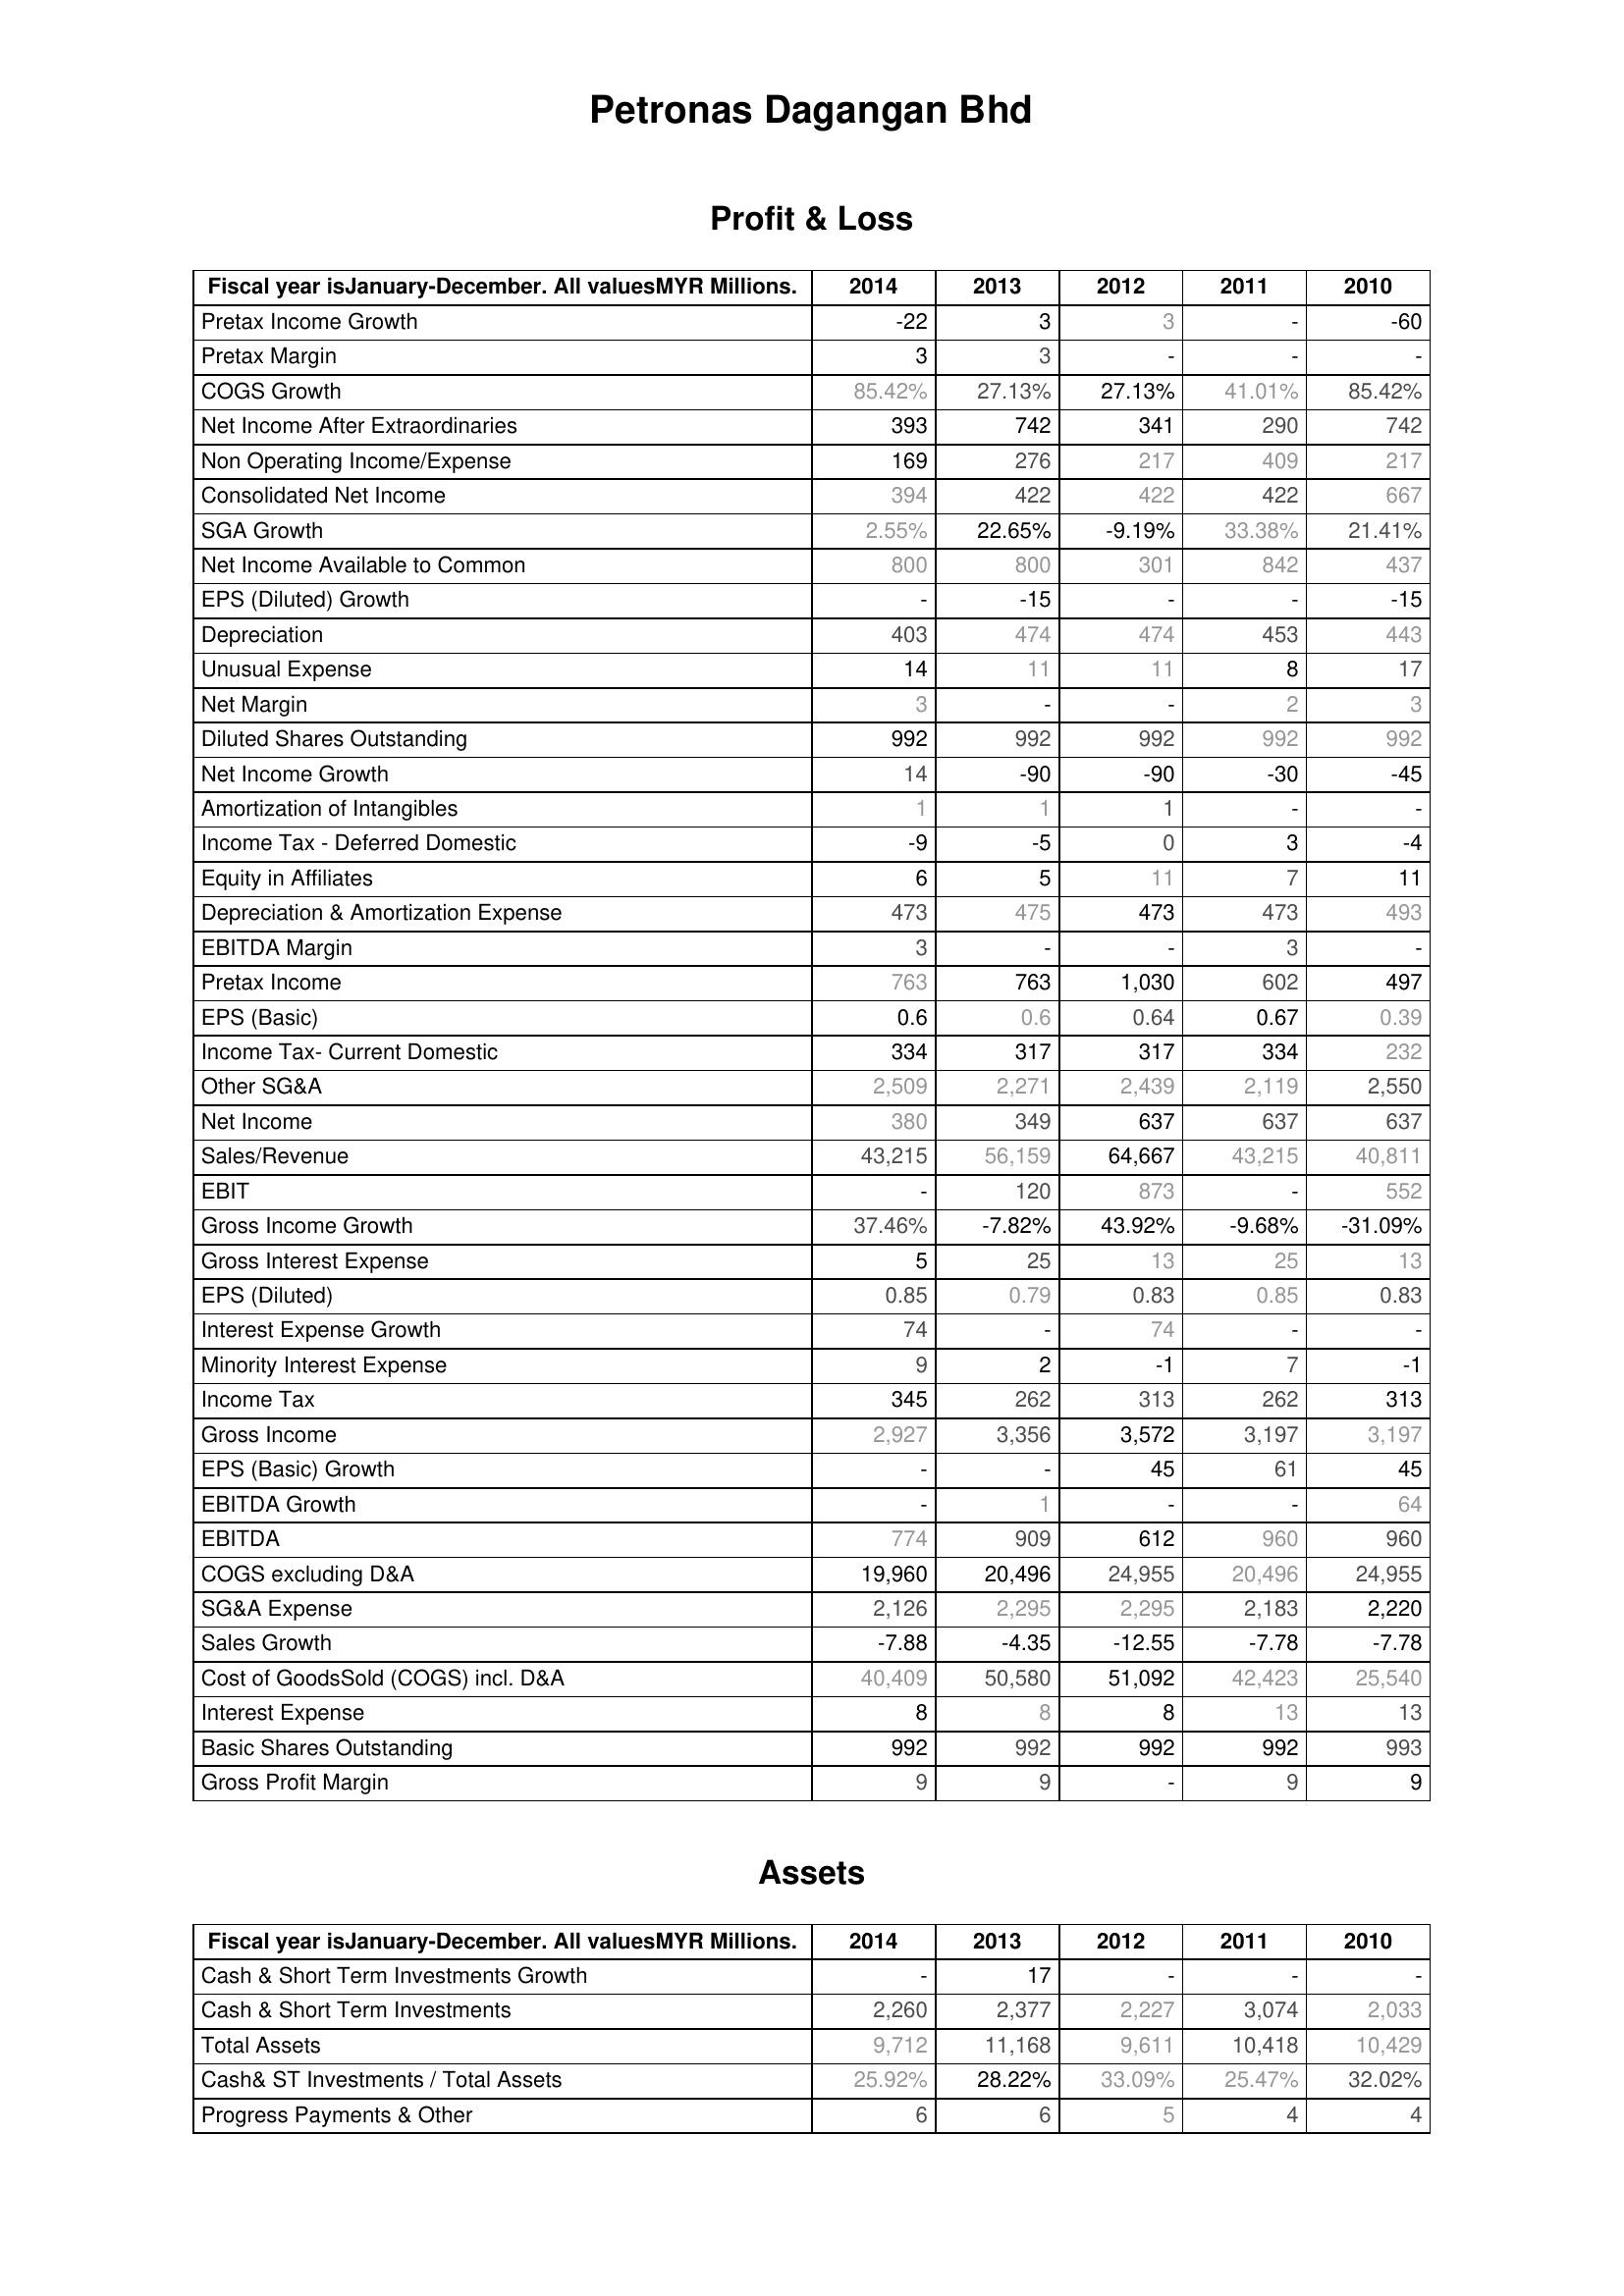
2014: Profit & Loss: Pretax Income Growth: -22
Pretax Margin: 3
COGS Growth: 85.42%
Net Income After Extraordinaries: 393
Non Operating Income/Expense: 169
Consolidated Net Income: 394
SGA Growth: 2.55%
Net Income Available to Common: 800
EPS (Diluted) Growth: -
Depreciation: 403
Unusual Expense: 14
Net Margin: 3
Diluted Shares Outstanding: 992
Net Income Growth: 14
Amortization of Intangibles: 1
Income Tax - Deferred Domestic: -9
Equity in Affiliates: 6
Depreciation & Amortization Expense: 473
EBITDA Margin: 3
Pretax Income: 763
EPS (Basic): 0.6
Income Tax- Current Domestic: 334
Other SG&A: 2,509
Net Income: 380
Sales/Revenue: 43,215
EBIT: -
Gross Income Growth: 37.46%
Gross Interest Expense: 5
EPS (Diluted): 0.85
Interest Expense Growth: 74
Minority Interest Expense: 9
Income Tax: 345
Gross Income: 2,927
EPS (Basic) Growth: -
EBITDA Growth: -
EBITDA: 774
COGS excluding D&A: 19,960
SG&A Expense: 2,126
Sales Growth: -7.88
Cost of GoodsSold (COGS) incl. D&A: 40,409
Interest Expense: 8
Basic Shares Outstanding: 992
Gross Profit Margin: 9
Assets: Cash & Short Term Investments Growth: -
Cash & Short Term Investments: 2,260
Total Assets: 9,712
Cash& ST Investments / Total Assets: 25.92%
Progress Payments & Other: 6
2013: Profit & Loss: Pretax Income Growth: 3
Pretax Margin: 3
COGS Growth: 27.13%
Net Income After Extraordinaries: 742
Non Operating Income/Expense: 276
Consolidated Net Income: 422
SGA Growth: 22.65%
Net Income Available to Common: 800
EPS (Diluted) Growth: -15
Depreciation: 474
Unusual Expense: 11
Net Margin: -
Diluted Shares Outstanding: 992
Net Income Growth: -90
Amortization of Intangibles: 1
Income Tax - Deferred Domestic: -5
Equity in Affiliates: 5
Depreciation & Amortization Expense: 475
EBITDA Margin: -
Pretax Income: 763
EPS (Basic): 0.6
Income Tax- Current Domestic: 317
Other SG&A: 2,271
Net Income: 349
Sales/Revenue: 56,159
EBIT: 120
Gross Income Growth: -7.82%
Gross Interest Expense: 25
EPS (Diluted): 0.79
Interest Expense Growth: -
Minority Interest Expense: 2
Income Tax: 262
Gross Income: 3,356
EPS (Basic) Growth: -
EBITDA Growth: 1
EBITDA: 909
COGS excluding D&A: 20,496
SG&A Expense: 2,295
Sales Growth: -4.35
Cost of GoodsSold (COGS) incl. D&A: 50,580
Interest Expense: 8
Basic Shares Outstanding: 992
Gross Profit Margin: 9
Assets: Cash & Short Term Investments Growth: 17
Cash & Short Term Investments: 2,377
Total Assets: 11,168
Cash& ST Investments / Total Assets: 28.22%
Progress Payments & Other: 6
2012: Profit & Loss: Pretax Income Growth: 3
Pretax Margin: -
COGS Growth: 27.13%
Net Income After Extraordinaries: 341
Non Operating Income/Expense: 217
Consolidated Net Income: 422
SGA Growth: -9.19%
Net Income Available to Common: 301
EPS (Diluted) Growth: -
Depreciation: 474
Unusual Expense: 11
Net Margin: -
Diluted Shares Outstanding: 992
Net Income Growth: -90
Amortization of Intangibles: 1
Income Tax - Deferred Domestic: 0
Equity in Affiliates: 11
Depreciation & Amortization Expense: 473
EBITDA Margin: -
Pretax Income: 1,030
EPS (Basic): 0.64
Income Tax- Current Domestic: 317
Other SG&A: 2,439
Net Income: 637
Sales/Revenue: 64,667
EBIT: 873
Gross Income Growth: 43.92%
Gross Interest Expense: 13
EPS (Diluted): 0.83
Interest Expense Growth: 74
Minority Interest Expense: -1
Income Tax: 313
Gross Income: 3,572
EPS (Basic) Growth: 45
EBITDA Growth: -
EBITDA: 612
COGS excluding D&A: 24,955
SG&A Expense: 2,295
Sales Growth: -12.55
Cost of GoodsSold (COGS) incl. D&A: 51,092
Interest Expense: 8
Basic Shares Outstanding: 992
Gross Profit Margin: -
Assets: Cash & Short Term Investments Growth: -
Cash & Short Term Investments: 2,227
Total Assets: 9,611
Cash& ST Investments / Total Assets: 33.09%
Progress Payments & Other: 5
2011: Profit & Loss: Pretax Income Growth: -
Pretax Margin: -
COGS Growth: 41.01%
Net Income After Extraordinaries: 290
Non Operating Income/Expense: 409
Consolidated Net Income: 422
SGA Growth: 33.38%
Net Income Available to Common: 842
EPS (Diluted) Growth: -
Depreciation: 453
Unusual Expense: 8
Net Margin: 2
Diluted Shares Outstanding: 992
Net Income Growth: -30
Amortization of Intangibles: -
Income Tax - Deferred Domestic: 3
Equity in Affiliates: 7
Depreciation & Amortization Expense: 473
EBITDA Margin: 3
Pretax Income: 602
EPS (Basic): 0.67
Income Tax- Current Domestic: 334
Other SG&A: 2,119
Net Income: 637
Sales/Revenue: 43,215
EBIT: -
Gross Income Growth: -9.68%
Gross Interest Expense: 25
EPS (Diluted): 0.85
Interest Expense Growth: -
Minority Interest Expense: 7
Income Tax: 262
Gross Income: 3,197
EPS (Basic) Growth: 61
EBITDA Growth: -
EBITDA: 960
COGS excluding D&A: 20,496
SG&A Expense: 2,183
Sales Growth: -7.78
Cost of GoodsSold (COGS) incl. D&A: 42,423
Interest Expense: 13
Basic Shares Outstanding: 992
Gross Profit Margin: 9
Assets: Cash & Short Term Investments Growth: -
Cash & Short Term Investments: 3,074
Total Assets: 10,418
Cash& ST Investments / Total Assets: 25.47%
Progress Payments & Other: 4
2010: Profit & Loss: Pretax Income Growth: -60
Pretax Margin: -
COGS Growth: 85.42%
Net Income After Extraordinaries: 742
Non Operating Income/Expense: 217
Consolidated Net Income: 667
SGA Growth: 21.41%
Net Income Available to Common: 437
EPS (Diluted) Growth: -15
Depreciation: 443
Unusual Expense: 17
Net Margin: 3
Diluted Shares Outstanding: 992
Net Income Growth: -45
Amortization of Intangibles: -
Income Tax - Deferred Domestic: -4
Equity in Affiliates: 11
Depreciation & Amortization Expense: 493
EBITDA Margin: -
Pretax Income: 497
EPS (Basic): 0.39
Income Tax- Current Domestic: 232
Other SG&A: 2,550
Net Income: 637
Sales/Revenue: 40,811
EBIT: 552
Gross Income Growth: -31.09%
Gross Interest Expense: 13
EPS (Diluted): 0.83
Interest Expense Growth: -
Minority Interest Expense: -1
Income Tax: 313
Gross Income: 3,197
EPS (Basic) Growth: 45
EBITDA Growth: 64
EBITDA: 960
COGS excluding D&A: 24,955
SG&A Expense: 2,220
Sales Growth: -7.78
Cost of GoodsSold (COGS) incl. D&A: 25,540
Interest Expense: 13
Basic Shares Outstanding: 993
Gross Profit Margin: 9
Assets: Cash & Short Term Investments Growth: -
Cash & Short Term Investments: 2,033
Total Assets: 10,429
Cash& ST Investments / Total Assets: 32.02%
Progress Payments & Other: 4